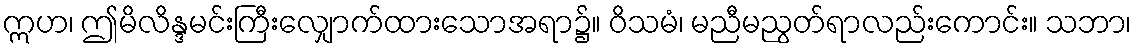
ဣဟ၊ ဤမိလိန္ဒမင်းကြီးလျှောက်ထားသောအရာ၌။ ဝိသမံ၊ မညီမညွတ်ရာလည်းကောင်း။ သဘာ၊